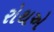
રોથએ